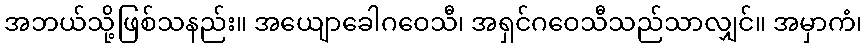
အဘယ်သို့ဖြစ်သနည်း။ အယျောခေါဂဝေသီ၊ အရှင်ဂဝေသီသည်သာလျှင်။ အမှာကံ၊